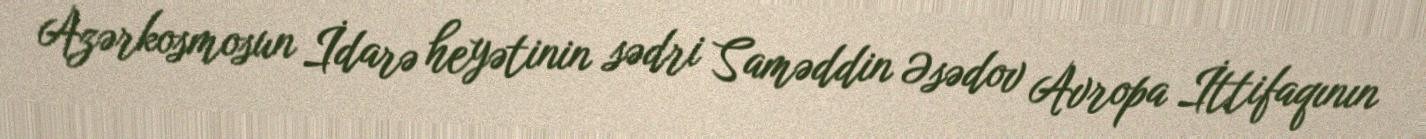
Azərkosmosun İdarə heyətinin sədri Saməddin Əsədov Avropa İttifaqının